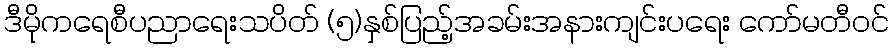
ဒီမိုကရေစီပညာရေးသပိတ် (၅)နှစ်ပြည့်အခမ်းအနားကျင်းပရေး ကော်မတီဝင်